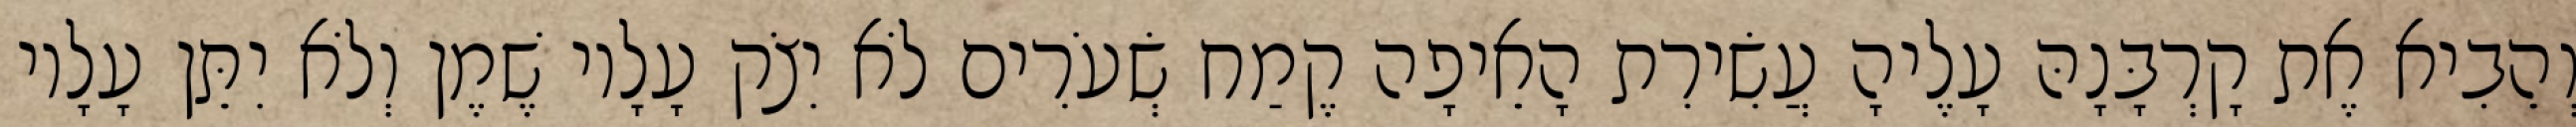
וְהֵבִיא אֶת קָרְבָּנָהּ עָלֶיהָ עֲשִׂירִת הָאֵיפָה קֶמַח שְׂעֹרִים לֹא יִצֹק עָלָיו שֶׁמֶן וְלֹא יִתֵּן עָלָיו